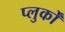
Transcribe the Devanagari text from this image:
प्लुर्कों